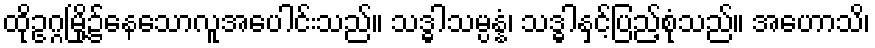
ထိုဥဂ္ဂမြို့၌နေသောလူအပေါင်းသည်။ သဒ္ဓါသမ္ပန္နံ၊ သဒ္ဓါနှင့်ပြည့်စုံသည်။ အဟောသိ၊